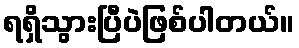
ရရှိသွားပြီပဲဖြစ်ပါတယ်။